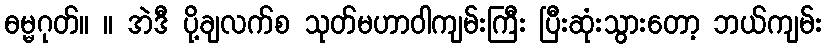
ဓမ္မဂုတ်။ ။ အဲဒီ ပို့ချလက်စ သုတ်မဟာဝါကျမ်းကြီး ပြီးဆုံးသွားတော့ ဘယ်ကျမ်း